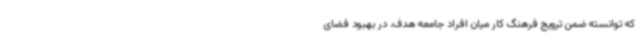
که توانسته ضمن ترویج فرهنگ کار میان افراد جامعه هدف، در بهبود فضای